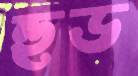
হুড